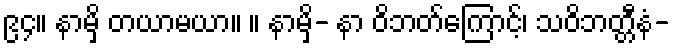
၉၄။ နာမှိ တယာမယာ။ ။ နာမှိ- နာ ဝိဘတ်ကြောင့်၊ သဝိဘတ္တီနံ-